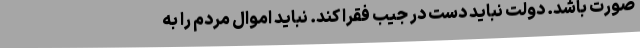
صورت باشد. دولت نباید دست در جیب فقرا کند. نباید اموال مردم را به